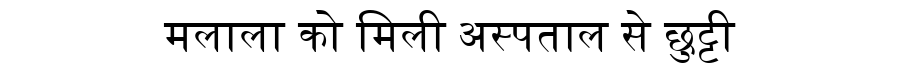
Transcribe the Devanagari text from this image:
मलाला को मिली अस्पताल से छुट्टी